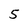
Character: 5